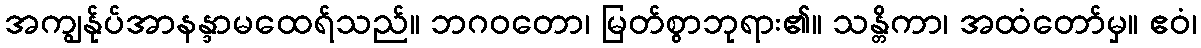
အကျွန်ုပ်အာနန္ဒာမထေရ်သည်။ ဘဂဝတော၊ မြတ်စွာဘုရား၏။ သန္တိကာ၊ အထံတော်မှ။ ဧဝံ၊